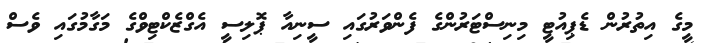
މީގެ އިތުރުން ޑެޕިއުޓީ މިނިސްޓަރުންގެ ފެންވަރުގައި ސީނިއާ ޕޮލިސީ އެގްޒެކްޓިވްގެ މަގާމުގައި ވެސް